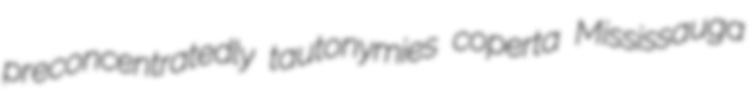
preconcentratedly tautonymies coperta Mississauga